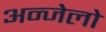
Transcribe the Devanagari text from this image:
अन्जेलो